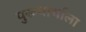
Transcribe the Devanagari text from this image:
पुरूषार्थाला